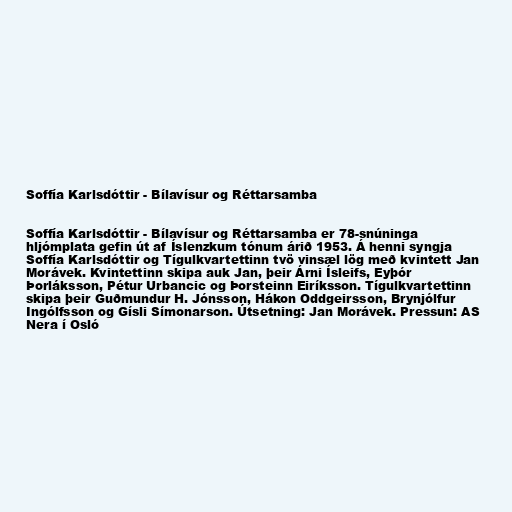
Soffía Karlsdóttir - Bílavísur og Réttarsamba

Soffía Karlsdóttir - Bílavísur og Réttarsamba er 78-snúninga
hljómplata gefin út af Íslenzkum tónum árið 1953. Á henni syngja
Soffía Karlsdóttir og Tígulkvartettinn tvö vinsæl lög með kvintett Jan
Morávek. Kvintettinn skipa auk Jan, þeir Árni Ísleifs, Eyþór
Þorláksson, Pétur Urbancic og Þorsteinn Eiríksson. Tígulkvartettinn
skipa þeir Guðmundur H. Jónsson, Hákon Oddgeirsson, Brynjólfur
Ingólfsson og Gísli Símonarson. Útsetning: Jan Morávek. Pressun: AS
Nera í Osló